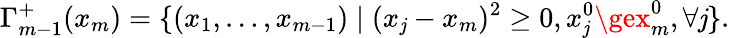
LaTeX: \Gamma_{m-1}^{+}(x_{m})=\{ (x_{1},\ldots,x_{m-1})\mid(x_{\mathit{j}}-x_{m})^{2}\ge0,x_{\mathit{j}}^{0}\gex_{m}^{0},\forall\mathit{j}\} .